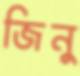
জিনু